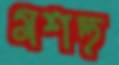
মশহু